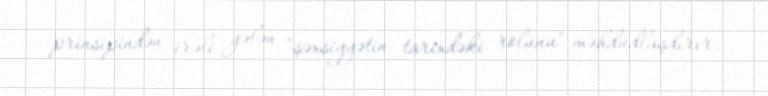
prinsipindən irəli gələn "şəxsiyyətin tarixdəki rolunu" məhdudlaşdırır.